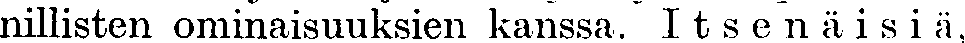
nillisten ominaisuuksien kanssa. Itsenäisiä,